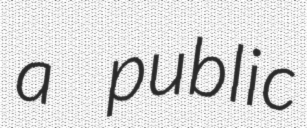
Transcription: a public